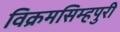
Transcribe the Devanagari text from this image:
विक्रमसिम्‍हपुरी